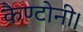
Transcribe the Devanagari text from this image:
कैण्टोनी।